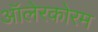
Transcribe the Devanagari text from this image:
ऑलेरकोरम